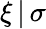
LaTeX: \xi\, |\, \sigma